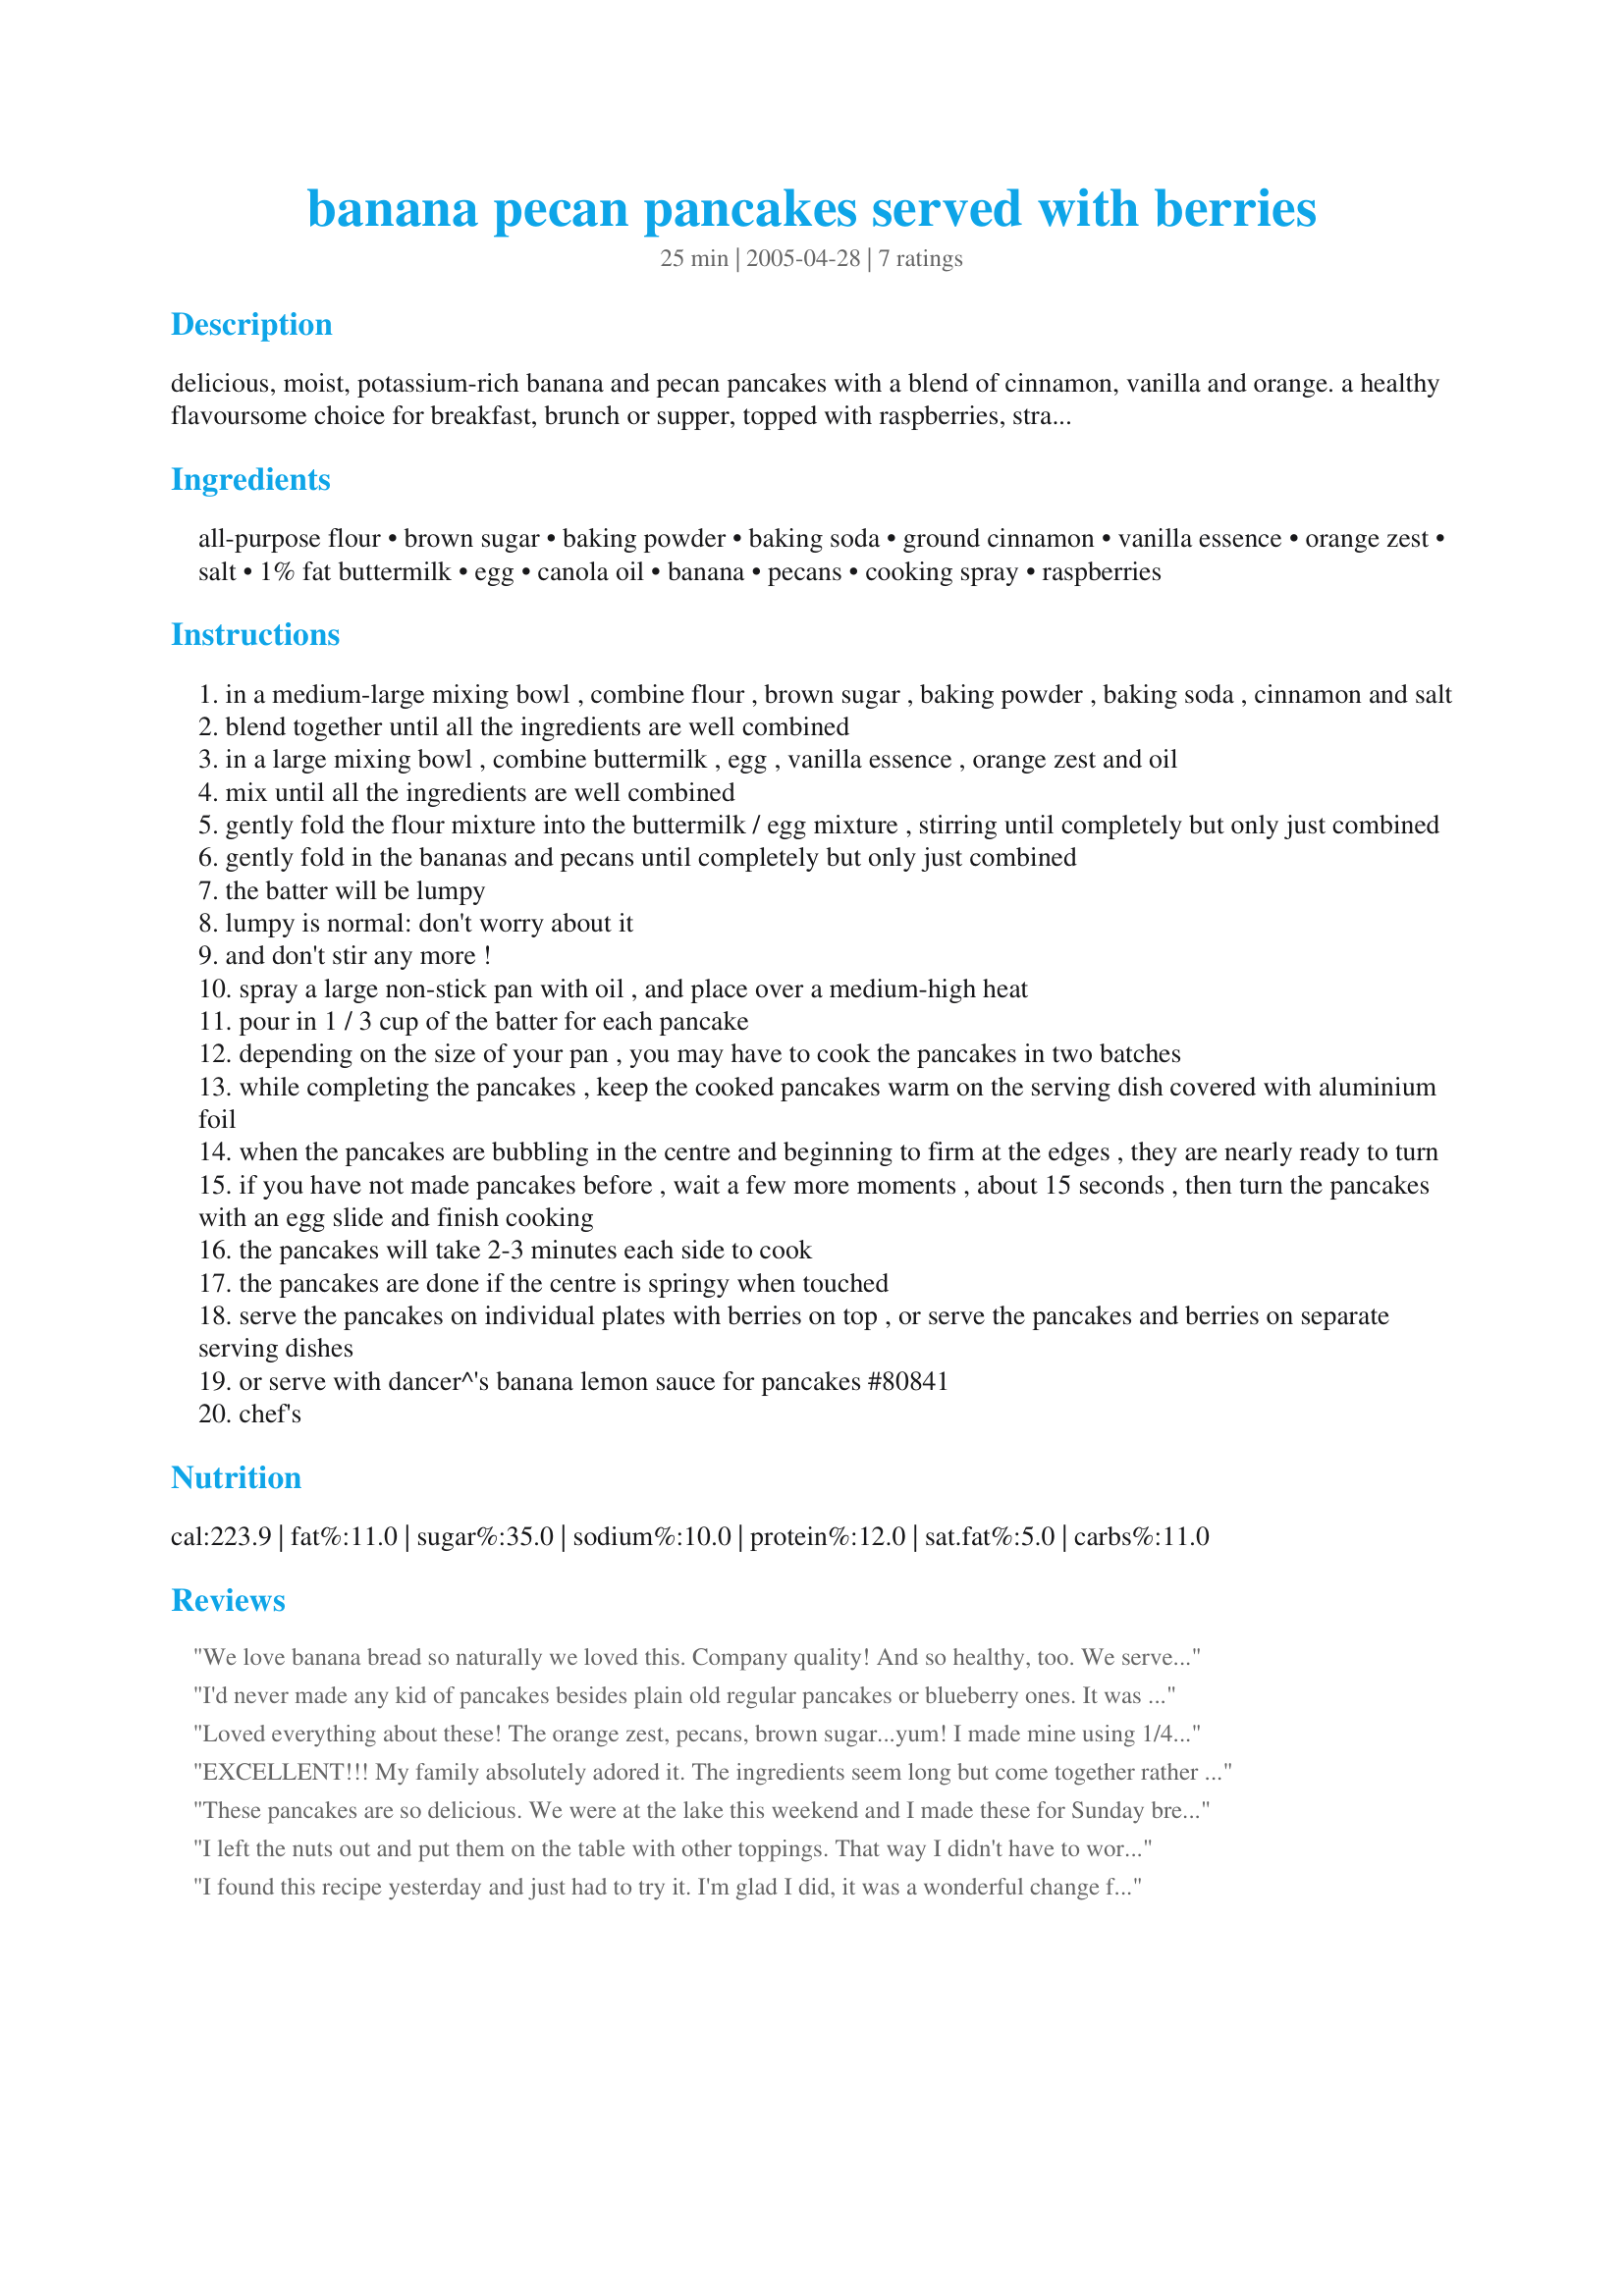
banana pecan pancakes served with berries
Preparation time: 25 minutes

delicious, moist, potassium-rich banana and pecan pancakes with a blend of cinnamon, vanilla and orange. a healthy flavoursome choice for breakfast, brunch or supper, topped with raspberries, strawberries, blackberries or blueberries or with dancer^'s banana lemon sauce for pancakes #80841. and if you've never made pancakes before, don't be intimidated: give them a go! i've tried to provide very full instructions for those who haven't yet ventured into the wonderful world of pancakes. experienced pancake-makers: please just ignore that extra detail in the instructions. you probably don't need any instructions anyway! adapted from a recipe on an "all-day energy" recipe card from rodale.

Ingredients:
all-purpose flour, brown sugar, baking powder, baking soda, ground cinnamon, vanilla essence, orange zest, salt, 1% fat buttermilk, egg, canola oil, banana, pecans, cooking spray, raspberries

Steps:
in a medium-large mixing bowl , combine flour , brown sugar , baking powder , baking soda , cinnamon and salt
blend together until all the ingredients are well combined
in a large mixing bowl , combine buttermilk , egg , vanilla essence , orange zest and oil
mix until all the ingredients are well combined
gently fold the flour mixture into the buttermilk / egg mixture , stirring until completely but only just combined
gently fold in the bananas and pecans until completely but only just combined
the batter will be lumpy
lumpy is normal: don't worry about it
and don't stir any more !
spray a large non-stick pan with oil , and place over a medium-high heat
pour in 1 / 3 cup of the batter for each pancake
depending on the size of your pan , you may have to cook the pancakes in two batches
while completing the pancakes , keep the cooked pancakes warm on the serving dish covered with aluminium foil
when the pancakes are bubbling in the centre and beginning to firm at the edges , they are nearly ready to turn
if you have not made pancakes before , wait a few more moments , about 15 seconds , then turn the pancakes with an egg slide and finish cooking
the pancakes will take 2-3 minutes each side to cook
the pancakes are done if the centre is springy when touched
serve the pancakes on individual plates with berries on top , or serve the pancakes and berries on separate serving dishes
or serve with dancer^'s banana lemon sauce for pancakes #80841
chef's

Reviews:
We love banana bread so naturally we loved this. Company quality! And so healthy, too. We served ours with maple syrup otherwise made as posted using soy milk. Thanks bluemoon downunder for posting. Made for 1-2-3 Hit Wonders!
I'd never made any kid of pancakes besides plain old regular pancakes or blueberry ones. It was fun to try something new. I think next time I'd cut back to a little less banana...but I did just use 2 and didn't measure it out so maybe mine were too big. I liked the pecans...it was a nice touch. I didnt' have any fresh berries so I just topped it with some thawed frozen raspberries. I had leftovers so I'm going to freeze them and am looking forward to having these for breakfast again later this week! Thanks for posting.
Loved everything about these! The orange zest, pecans, brown sugar...yum! I made mine using 1/4 measuring cup so they were easier to flip. This recipe will now battle with Banana Bread when I have ripe bananas to use up! Thanks for sharing!
EXCELLENT!!! My family absolutely adored it. The ingredients seem long but come together rather quickly. I served with real maple syrup that I warmed up with the blueberries. They are light, soft, tender and the flavor is out of this world delicious..SO good!! This would be good for special occasion breakfast since they are very special. Thanks for sharing the recipe.
These pancakes are so delicious. We were at the lake this weekend and I made these for Sunday breakfast which made for a delightful start of the day. We enjoyed the fruits and loved the bananas and nuts in the batter. DH and I haven't ever had nuts in pancake batter before. It was different but so delicious. Thanks for sharing your recipe!
I left the nuts out and put them on the table with other toppings. That way I didn't have to worry about possible allergies. We had a topping bar with bowls of all different kinds of fresh fruit, nuts and real maple syrup. They turned out well. Thanks for a yummy meal.
I found this recipe yesterday and just had to try it. I'm glad I did, it was a wonderful change from my usual daily oatmeal brekkie. By using Splenda Brown Sugar (in 1/2 than amount ask for), non fat milk and just egg white this made a very healthy day starter. Simply delicious, I don't think you could go wrong with this treat as an offering to house guests. My only personal change was to thin the batter just a small bit (personal taste only). For the topping I whizzed some strawberries, unsweetened applesauce and cinnamon in the food processor with a little Splenda. Yumm!
